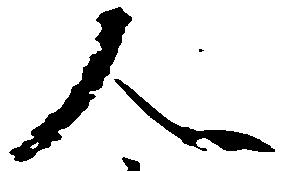
人